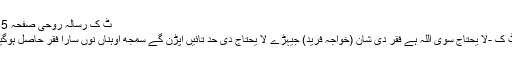
ٹ ک رسالہ روحی صفحہ 35
ٹ ک -لَا یَحتَاجَ سَوَی اللہ ہے فقر دی شان (خواجہ فرید) جیہڑے لا یحتاج دی حد تائیں اپڑن گے سمجھ اوہناں نوں سارا فقر حاصل ہوگیا۔